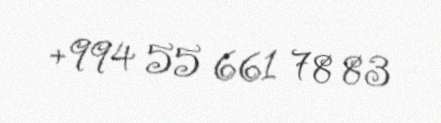
+994 55 661 78 83